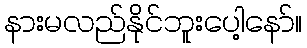
နားမလည်နိုင်ဘူးပေါ့နော်။